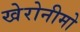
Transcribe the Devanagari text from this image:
खेरोनीमो